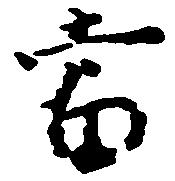
当